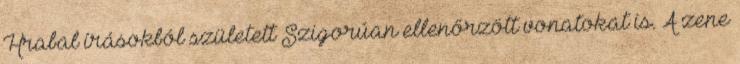
Hrabal írásokból született Szigorúan ellenőrzött vonatokat is. A zene